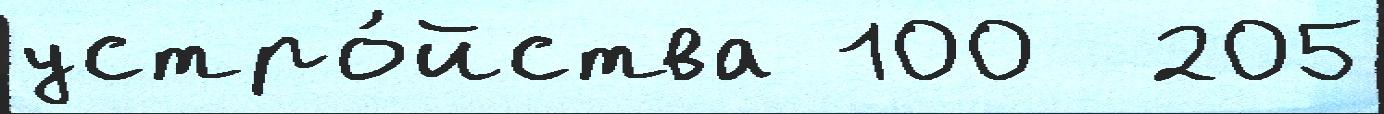
устро́йства 100  205